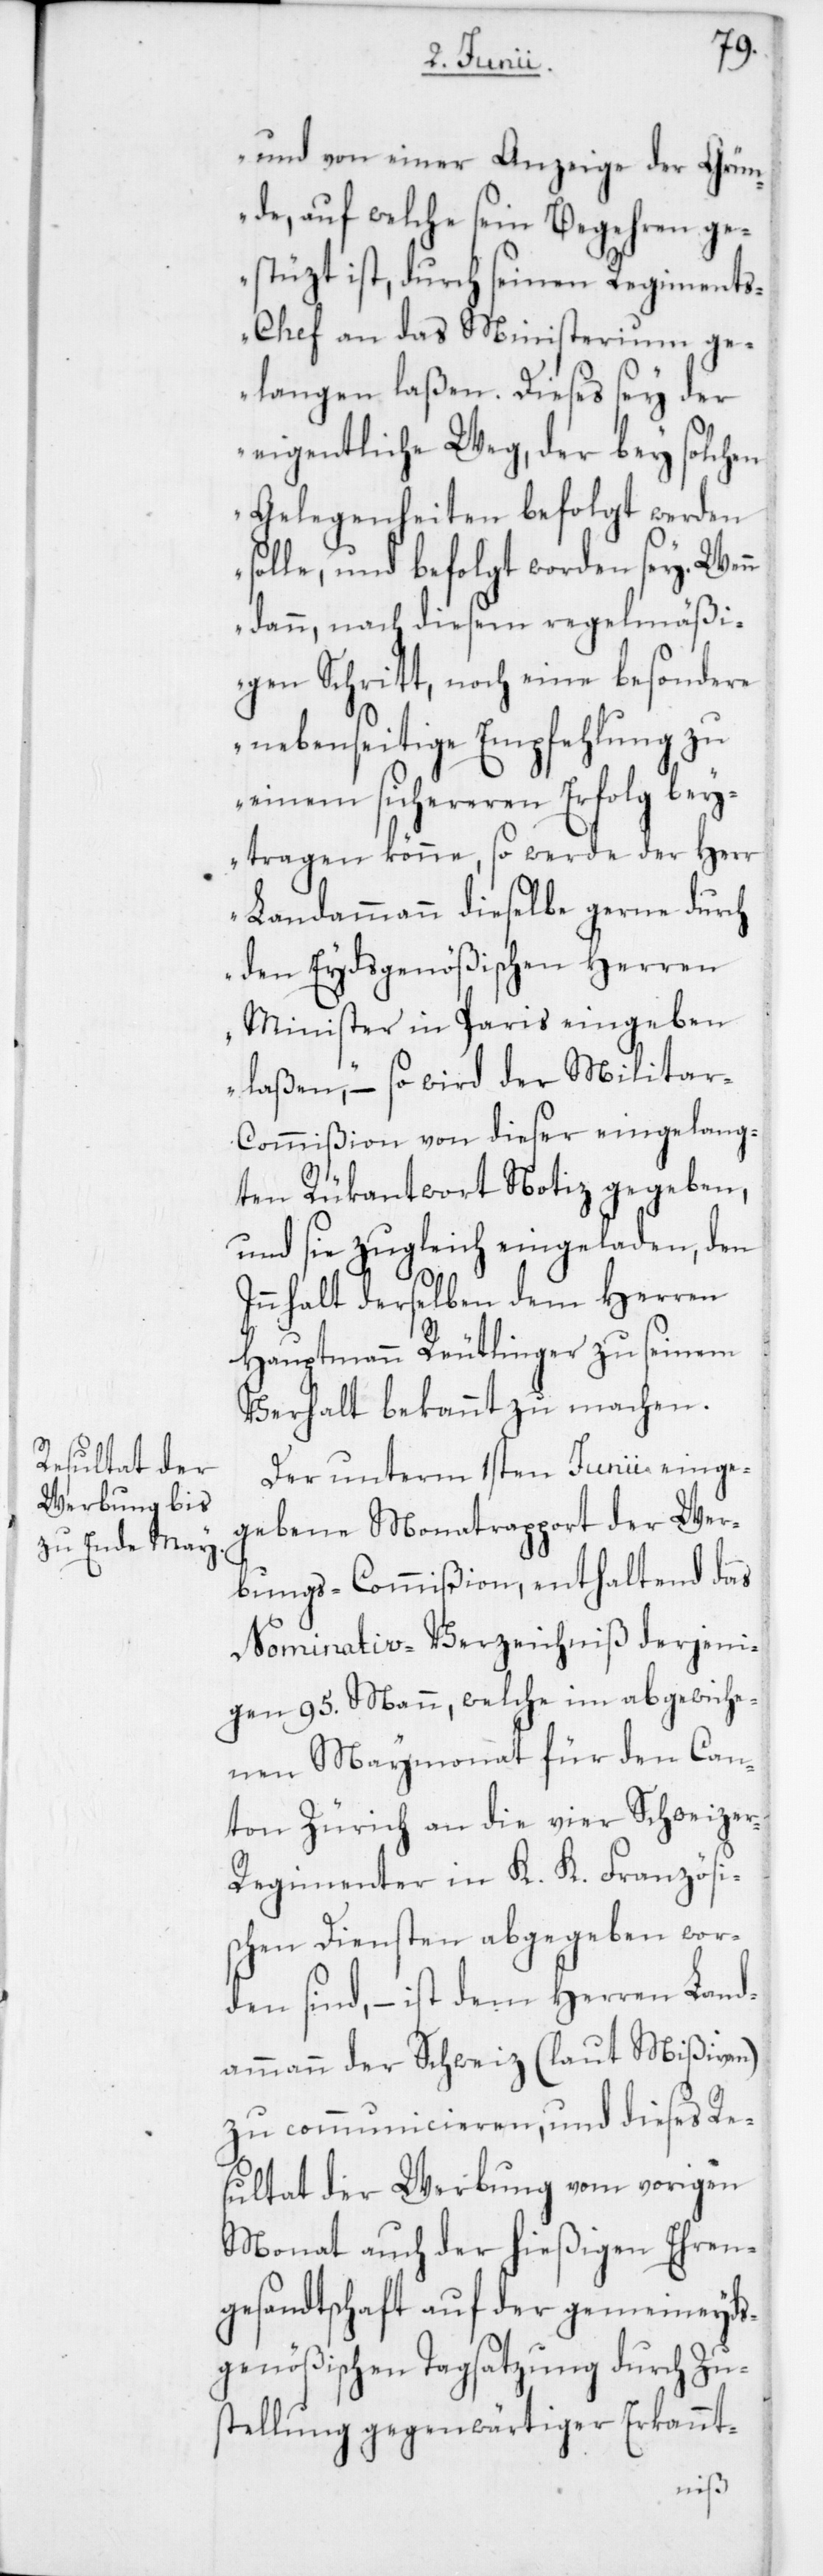
und von einer Anzeige der Grün¬
de, auf welche sein Begehren ge¬
stüzt ist, durch seinen Regiment¬
s-Chef an das Ministerium ge¬
langen laßen. Dieses sey der
eigentliche Weg, der bey solchen
Gelegenheiten befolgt werden
solle und befolgt worden sey. Wenn
dann, nach diesem regelmäßi¬
gen Schritt, noch eine besondere
nebenseitige Empfehlung zu
einem sichereren Erfolg bey¬
tragen könne, so werde der Herr
Landammann dieselbe gerne durch
den Eydsgenößischen Herren
Minister in Paris eingeben
laßen“ – so wird der Milita¬
r-Commißion von dieser eingelang¬
ten Rückantwort Notiz gegeben,
und sie zugleich eingeladen, den
Innhalt derselben dem Herren
Hauptmann Reutlinger zu seinem
Verhalt bekannt zu machen.
Der unterm 1sten Junii einge¬
gebene Monatsrapport der Wer¬
bungs-Commißion, enthaltend das
Nominativ-Verzeichniß derjeni¬
gen 95 Mann, welche im abgewiche¬
nen Maymonat für den Can¬
ton Zürich an die vier Schweize¬
r-Regimenter in K. K. Französi¬
schen Diensten abgegeben wor¬
den sind, – ist dem Herren Land¬
ammann der Schweiz (laut Mißiven)
zu communicieren, und dieses Re¬
sultat der Werbung vom vorigen
Monat auf der hießigen Ehren¬
gesandtschaft auf der gemeineyds¬
genößischen Tagsatzung durch Zu¬
stellung gegenwärtiger Erkannt-